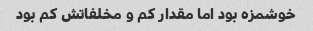
خوشمزه بود اما مقدار کم و مخلفاتش کم بود